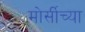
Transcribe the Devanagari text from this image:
मोर्सीच्या